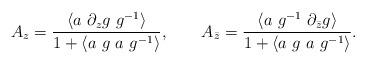
LaTeX: \begin{align*} A_z =\frac{\langle a~\partial_zg~ g^{-1} \rangle} {1+\langle a~g~a~g^{-1}\rangle},~~~~~~ A_{\bar z} =\frac{\langle a~g^{-1}~\partial_{\bar z}g \rangle} {1+\langle a~g~a~g^{-1}\rangle}.\end{align*}